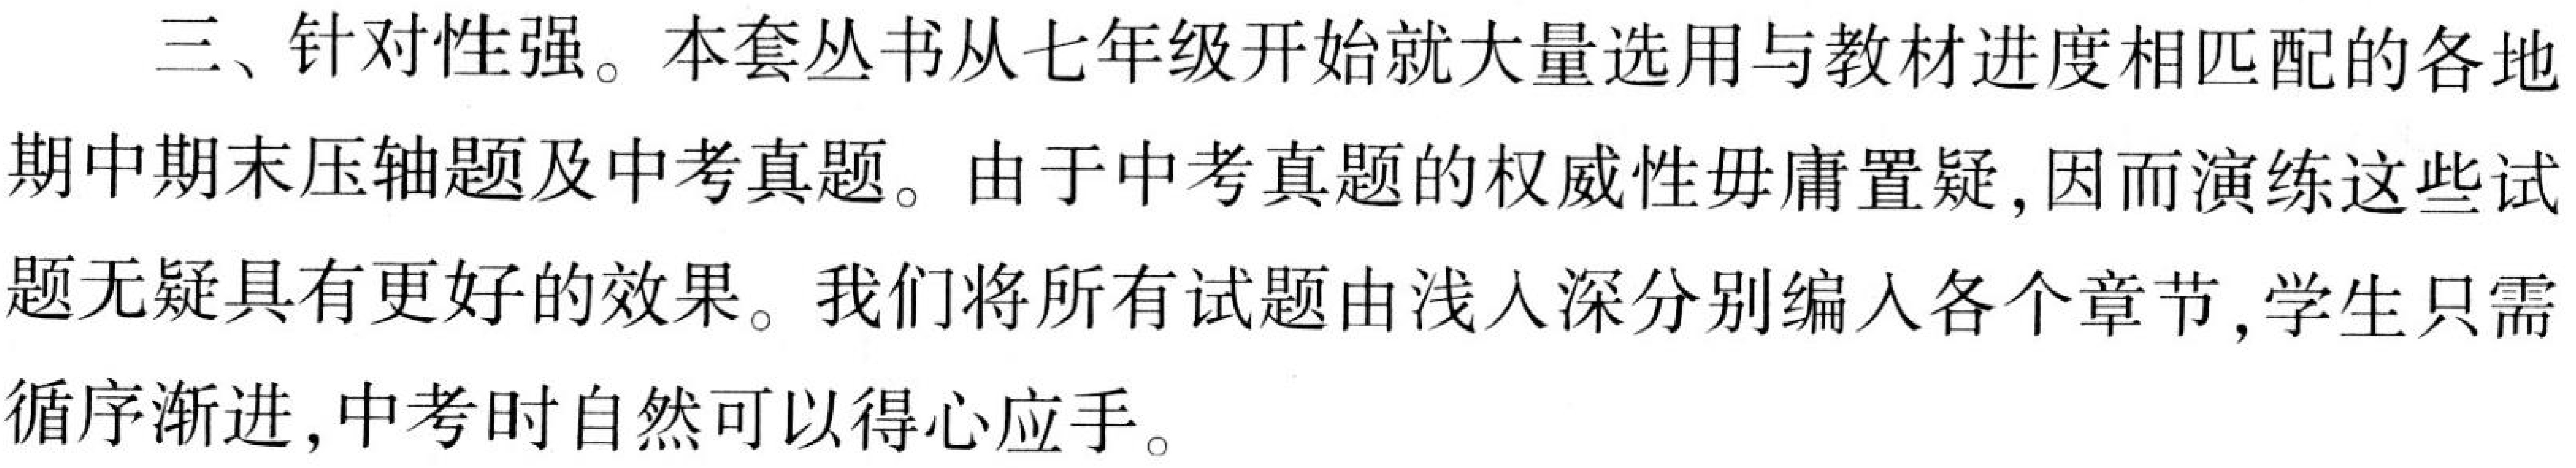
三、针对性强。本套丛书从七年级开始就大量选用与教材进度相匹配的各地
期中期末压轴题及中考真题。由于中考真题的权威性毋庸置疑，因而演练这些试
题无疑具有更好的效果。我们将所有试题由浅入深分别编入各个章节，学生只需
循序渐进，中考时自然可以得心应手。